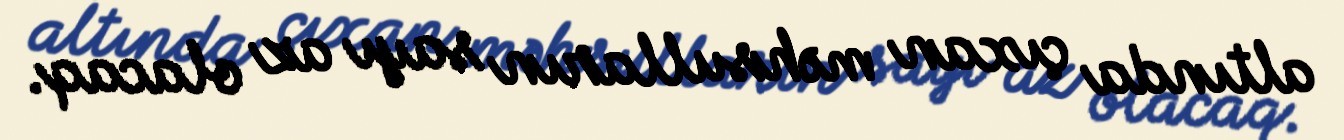
altında çıxan məhsulların sayı az olacaq.